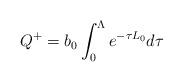
LaTeX: \begin{align*}Q^+=b_0\int_0^\Lambda e^{-\tau L_0}d\tau \end{align*}